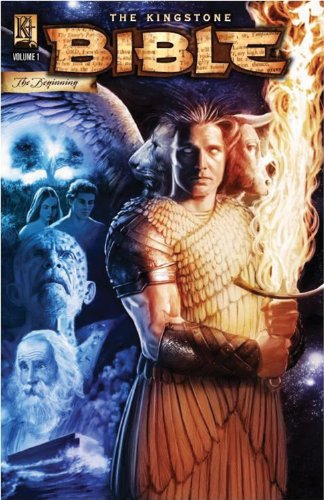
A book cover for The Kingstone Bible Vol. 1; Various Kingstone Authors; Comics & Graphic Novels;